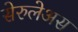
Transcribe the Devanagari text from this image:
सेरुलेअस